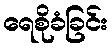
ရေစိုခံခြင်း